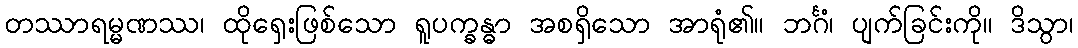
တဿာရမ္မဏဿ၊ ထိုရှေးဖြစ်သော ရူပက္ခန္ဓာ အစရှိသော အာရုံ၏။ ဘင်္ဂံ၊ ပျက်ခြင်းကို။ ဒိသွာ၊